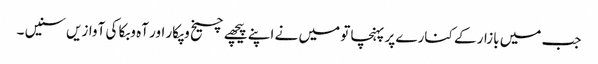
جب میں بازار کے کنارے پر پہنچا تو میں نے اپنے پیچھے چیخ وپکار اور آہ وبکا کی آوازیں سنیں ۔